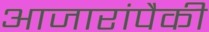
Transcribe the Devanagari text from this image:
आजारांपैकी